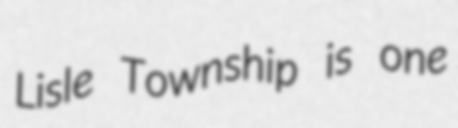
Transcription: Lisle Township is one